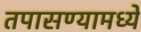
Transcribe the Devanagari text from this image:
तपासण्यामध्ये